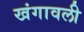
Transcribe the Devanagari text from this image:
खंगावली